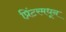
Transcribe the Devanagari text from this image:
प्रिंटरमधून